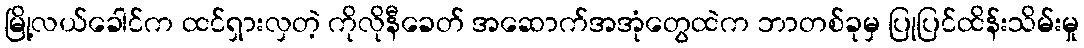
မြို့လယ်ခေါင်က ထင်ရှားလှတဲ့ ကိုလိုနီခေတ် အဆောက်အအုံတွေထဲက ဘာတစ်ခုမှ ပြုပြင်ထိန်းသိမ်းမှု